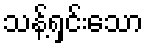
သန့်ရှင်းသော